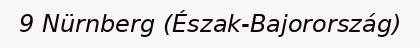
9 Nürnberg (Észak-Bajorország)